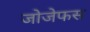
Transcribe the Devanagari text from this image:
जोजेफस